Leaving Certificate Examination, 1921
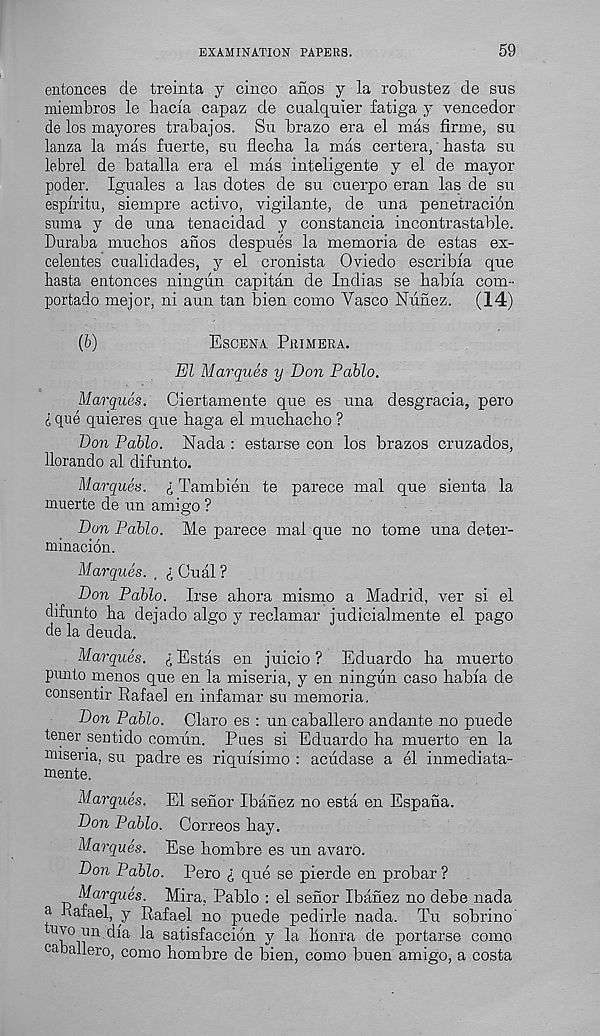
EXAMINATION PAPERS.
59
entonces de treinta y cinco anos y la robustez de sus
miembros le hacia capaz de cualquier fatiga y vencedor
de los mayores trabajos. Su brazo era el mas firme, su
lanza la mas fuerte, sn flecba la mas certera, basta su
lebrel de batalla era el mas inteligente y el de mayor
poder. Iguales a las dotes de su cuerpo eran las de su
esplritu, siempre activo, vigilante, de una penetracion
suma y de una tenacidad y constancia incontrastable.
Duraba mucbos anos despues la memoria de estas ex-
celent.es cualidades, y el cronista Oviedo escribia que
hasta entonces ningun capitan de Indias se babia com-
portado mejor, ni aun tan bien como Yasco Nunez.
(14)
(b)
Esoena Pm m era.
El Marques y Don Pablo.
Marques. Ciertamente que es una desgracia, pero
i que quieres que haga el mucbacbo ?
Don Pablo. Nada : estarse con los brazos cruzados,
llorando al difunto.
Marques. £ Tambien te parece mal que sienta la
inuerte de un amigo ?
Dun Pablo. Me parece mai que no tome una deter-
minacion.
Marques. . £ dual ?
Don Pablo. Irse ahora mismo a Madrid, ver si el
difunto ba dejado algo y reclamar judiciabnente el pago
de la deuda.
Marques. £ Estas en juicio ? Eduardo ba muerto
punto menos que en la miseria, y en ningun caso babia de
consentir Rafael en infamar su memoria.
Don Pablo. Olaro es : un caballero andante no puede
tener sentido comun. Pues si Eduardo ha muerto en la
nuseria, su padre es riqulsimo : acudase a el inmediata-
mente.
Marques. El senor Ibanez no esta en Espana.
Don Pablo. Correos hay.
Marques. Ese bombre es un avaro.
Don Pablo. Pero £ que se pierde en probar?
Marques. Mira, Pablo : el senor Ibanez no debe nada
a Rafael, y Rafael no puede pedirle nada. Tu sobrino'
l 7 ^vdia la satisfaccion y la honra de portarse como
caballero, como hombre de bien, como buen amigo, a costa